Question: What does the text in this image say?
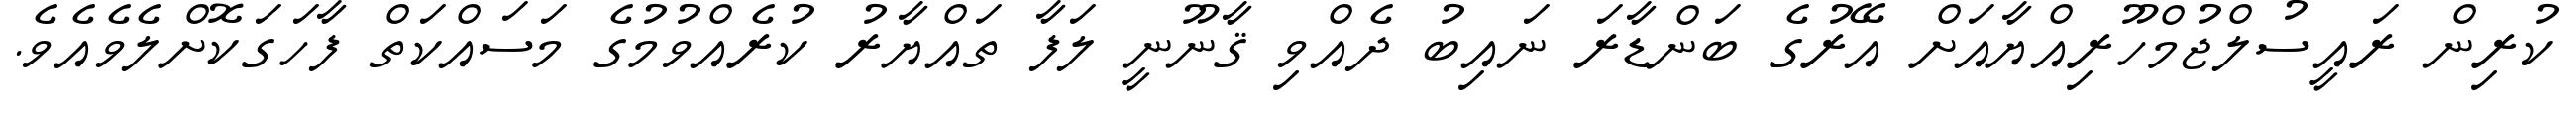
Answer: ކުރިން ރައީސުލްޖުމްހޫރިއްޔާއަށް އޭރުގެ ބަންޑާރަ ނައިބު ދެއްވި ޤާނޫނީ ލަފާ ތައްޔާރު ކުރެއްވުމުގެ މަސައްކަތް ފާހަގަކޮށްލެވެއެވެ.